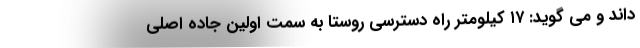
داند و می گوید: ۱۷ کیلومتر راه دسترسی روستا به سمت اولین جاده اصلی